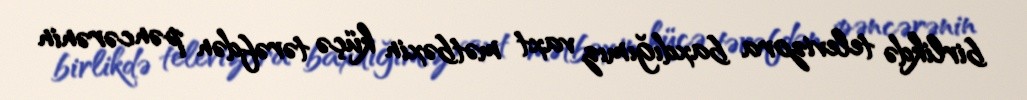
birlikdə televizora baxdığımız vaxt mətbəxin küçə tərəfdən pəncərənin